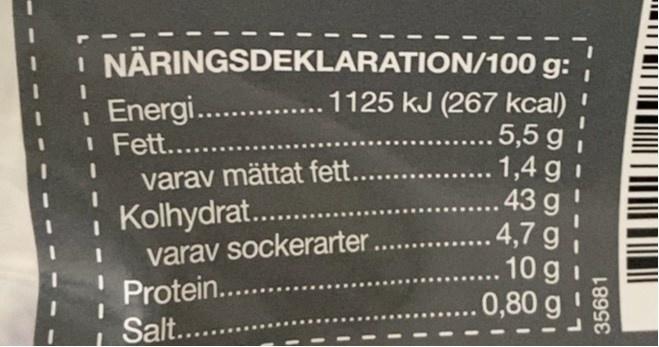
NÄRINGSDEKLARATION/100 g: 1125 kJ (267 kcal) .5,5 g 1,4 g i .43 g 4,7 g .10 gi 0,80 g!
i Energi.. I Fett.... varav mättat fett...
Kolhydrat.. varav sockerarter.
Protein..
Salt....
35681